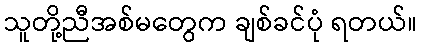
သူတို့ညီအစ်မတွေက ချစ်ခင်ပုံ ရတယ်။